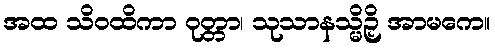
အထ သိဝထိကာ ဝုတ္တာ၊ သုသာနသ္မိဉှိ အာမကေ။